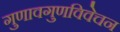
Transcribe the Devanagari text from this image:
गुणावगुणविवेचन